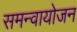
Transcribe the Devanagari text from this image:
समन्वायोजन